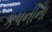
કપનીના